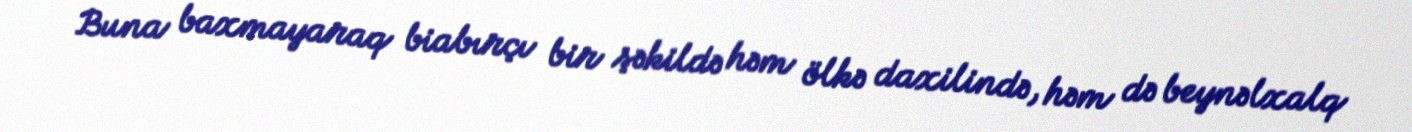
Buna baxmayaraq biabırçı bir şəkildə həm ölkə daxilində, həm də beynəlxalq